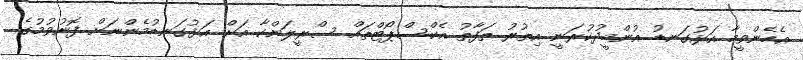
އެހެންވީމާ އަޅުގަނޑު އުންމީދުކުރަނީ އިތުރު ތަފާތު އެކްސްޕޯޓްތައް ސްރީލަންކާ އަށް އަޅުގަނޑުމެންނަށް ފޮނުވުމުގެ